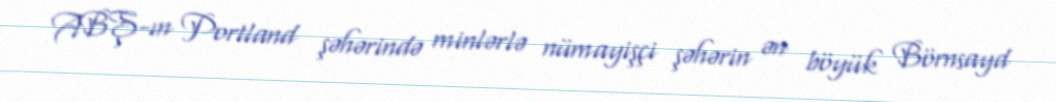
ABŞ-ın Portland şəhərində minlərlə nümayişçi şəhərin ən böyük Börnsayd